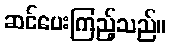
ဆင်ပေးကြည့်သည်။